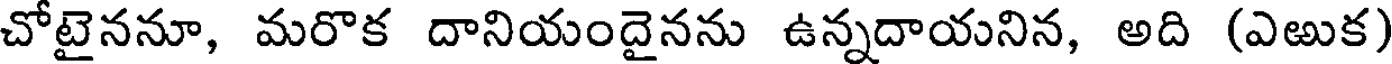
చోటైననూ, మరొక దానియందైనను ఉన్నదాయనిన, అది (ఎఱుక)